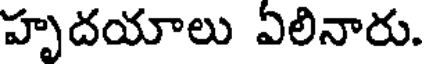
హృదయాలు ఏలినారు.